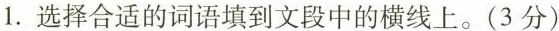
1.选择合适的词语填到文段中的横线上。(3分)